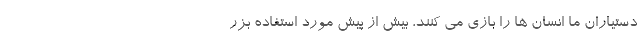
دستیاران ما انسان ها را بازی می کنند، بیش از پیش مورد استفاده بزر